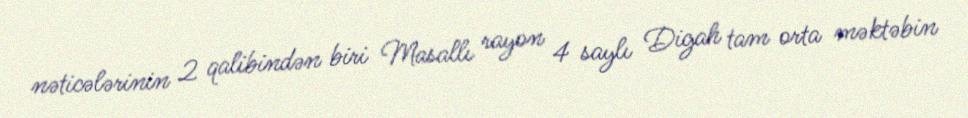
nəticələrinin 2 qalibindən biri Masallı rayon 4 saylı Digah tam orta məktəbin